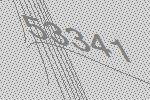
53341